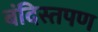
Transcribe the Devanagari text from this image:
बंदिस्तपण